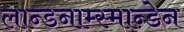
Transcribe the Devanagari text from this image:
लान्डनाम्स्मान्डेन